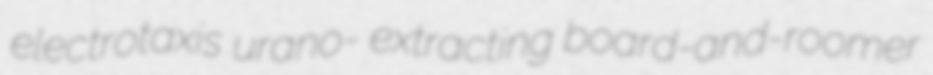
electrotaxis urano- extracting board-and-roomer